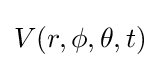
V(r,\phi ,\theta ,t)